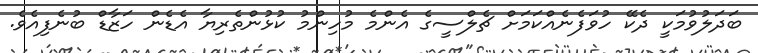
ބަދަލުވުމަކީ ދެކޭ ހުވަފެނެއްކަމަށް ޗެލްސީގެ އެންމެ މުހިންމު ކުޅުންތެރިޔާ އެޑެން ހަޒާޑް ބުނެފިއެވެ.